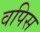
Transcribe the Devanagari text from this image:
वपिस